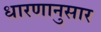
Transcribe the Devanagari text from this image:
धारणानुसार